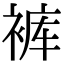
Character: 裤